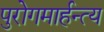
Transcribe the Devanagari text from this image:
पुरोगमार्हन्त्य